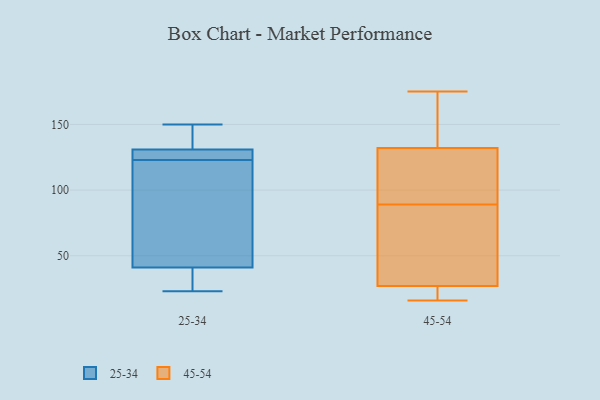
{"axis": {"x": "Temperature (°C)", "y": "Value"}, "legend": ["25-34", "45-54"], "data": [{"x": "", "y": 150, "type": "25-34"}, {"x": "", "y": 41, "type": "25-34"}, {"x": "", "y": 90, "type": "25-34"}, {"x": "", "y": 134, "type": "25-34"}, {"x": "", "y": 38, "type": "25-34"}, {"x": "", "y": 25, "type": "25-34"}, {"x": "", "y": 124, "type": "25-34"}, {"x": "", "y": 54, "type": "25-34"}, {"x": "", "y": 123, "type": "25-34"}, {"x": "", "y": 127, "type": "25-34"}, {"x": "", "y": 134, "type": "25-34"}, {"x": "", "y": 23, "type": "25-34"}, {"x": "", "y": 123, "type": "25-34"}, {"x": "", "y": 131, "type": "25-34"}, {"x": "", "y": 25, "type": "45-54"}, {"x": "", "y": 27, "type": "45-54"}, {"x": "", "y": 71, "type": "45-54"}, {"x": "", "y": 16, "type": "45-54"}, {"x": "", "y": 137, "type": "45-54"}, {"x": "", "y": 68, "type": "45-54"}, {"x": "", "y": 175, "type": "45-54"}, {"x": "", "y": 122, "type": "45-54"}, {"x": "", "y": 132, "type": "45-54"}, {"x": "", "y": 107, "type": "45-54"}]}